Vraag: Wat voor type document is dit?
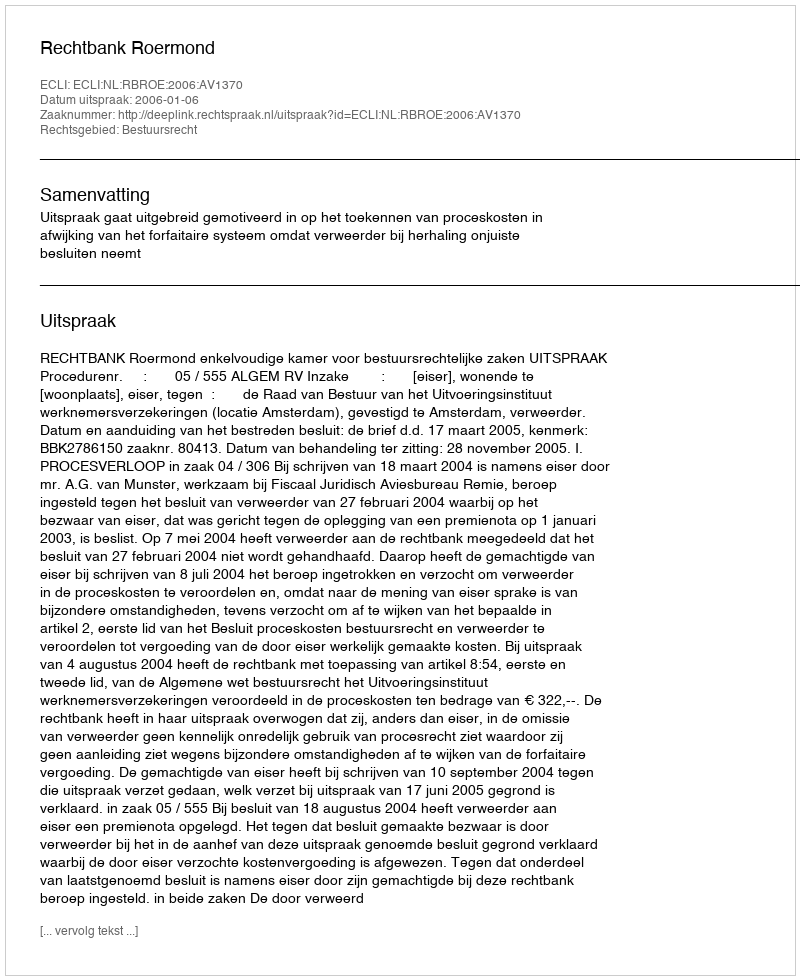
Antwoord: Uitspraak